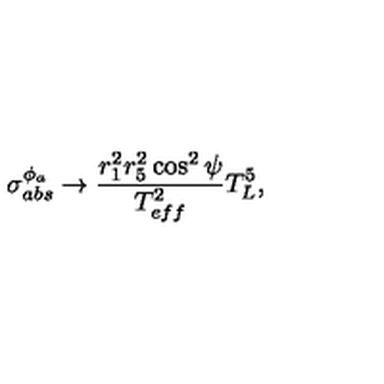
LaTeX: \sigma _ { a b s } ^ { \phi _ { a } } \rightarrow \frac { r _ { 1 } ^ { 2 } r _ { 5 } ^ { 2 } \cos ^ { 2 } \psi } { T _ { e f f } ^ { 2 } } T _ { L } ^ { 5 } ,